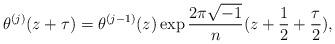
LaTeX: \begin{align*}\theta ^{(j)}(z+\tau )=\theta ^{(j-1)}(z)\exp \frac{2\pi \sqrt{-1}}{n}(z+\frac{1}{2}+\frac{\tau }{2}),\end{align*}